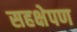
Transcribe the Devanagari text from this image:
सहक्षेपण